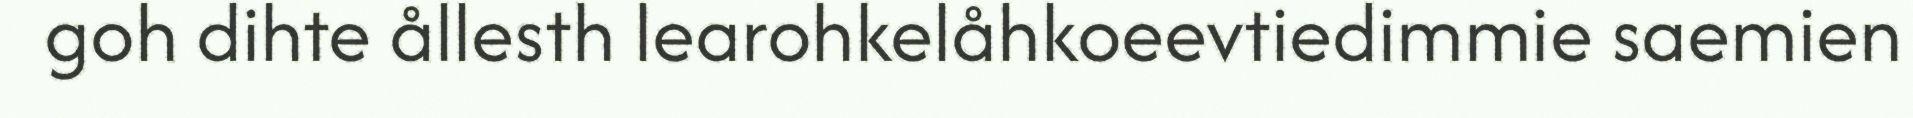
goh dihte ållesth learohkelåhkoeevtiedimmie saemien